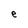
Character: e